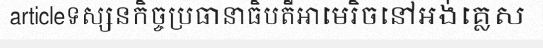
articleទស្សនកិច្ចប្រធានាធិបតីអាមេរិចនៅអង់គ្លេស